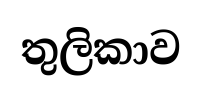
තුලිකාව